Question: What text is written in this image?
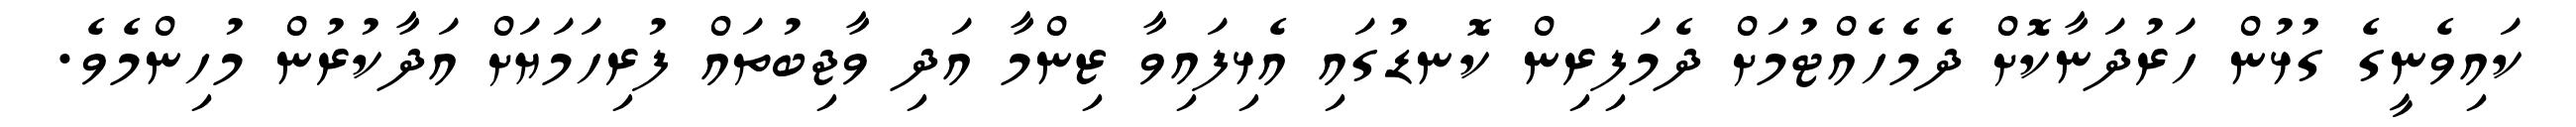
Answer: ކައިވެނީގެ ގުޅުން ހަރުދަނާކޮށް ދެމެހެއްޓުމަށް ދެމަފިރިން ކޮނޑުގައި އެޅިފައިވާ ޒިންމާ އަދި ވާޖިބުތައް ފުރިހަމަޔަށް އަދާކުރުން މުހިންމެވެ.